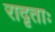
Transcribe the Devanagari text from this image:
रादृताः